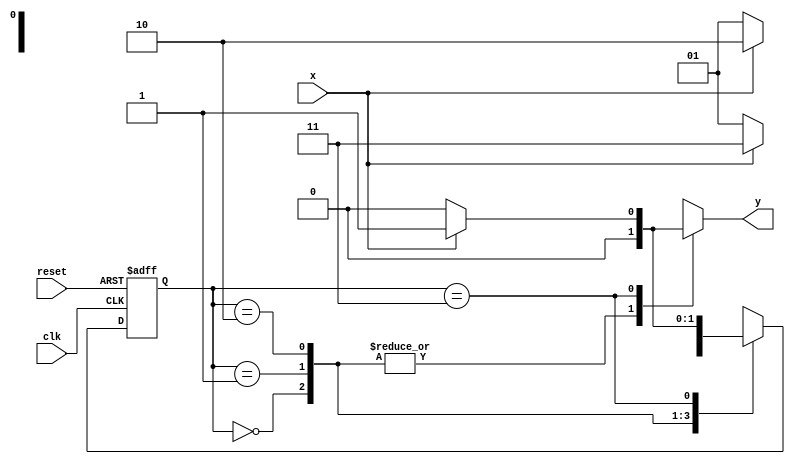
// -----------------------------------------
// - Guia 07 - Wender Zacarias Xavier - 427472
// - Extra01.v
// - Cincia da Computao - 2Perodo
// ----------------------------------------- 

// --------------
// --- Mealy FSM
// --------------


// constant definitions
     `define found 1
     `define notfound 0

// FSM by Mealy
   
    module extra01 ( y, x, clk, reset );
	output y;
	input x;
	input clk;
	input reset;
	reg y;

   parameter // state identifiers
	start = 2'b00,
	 id01 = 2'b01,
	id011 = 2'b10,
  id0111 = 2'b11;
  
   reg [1:0] E1; // current state variables
   reg [1:0] E2; // next state logic output

// next state logic

	always @( x or E1 )
	  begin
	y = `notfound;
	  case ( E1 )
    start:
	if ( x )
	    E2 = id01;
	else
	    E2 = id01;
		 id01:
	if ( x )
	    E2 = id011;
	else
	    E2 = id01;
		 id011:
	if ( x )
		E2 = id0111;
	else
		E2 = id01;
		id0111:
	if ( x )
	  begin
	    E2 = id01;
	    y = `found;
    end
	else
 	begin
	    E2 = start;
	    y = `notfound;
    end

	default: // undefined state
	
	    E2 = 2'bxx;
    endcase

    end // always at signal or state changing

// state variables

	always @( posedge clk or negedge reset )
     begin
	if ( reset )
	     E1 = E2; // updates current state
	else
	     E1 = 0; // reset

    end // always at signal changing

endmodule // mealyx111